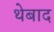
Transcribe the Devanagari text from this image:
थेबाद